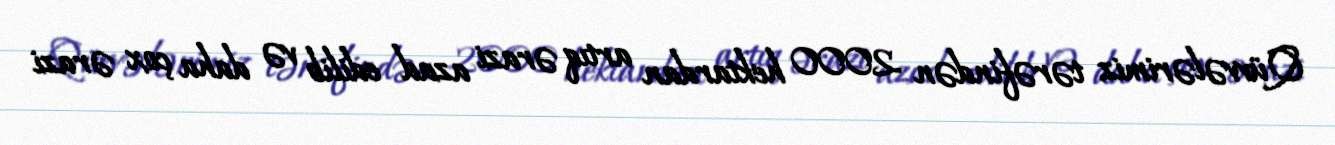
Qüvvələrimiz tərəfindən 2000 hektardan artıq ərazi azad edilib və daha çox ərazi